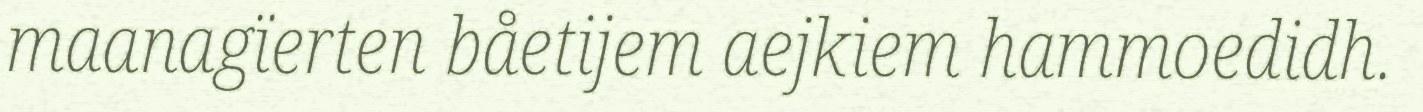
maanagïerten båetijem aejkiem hammoedidh.